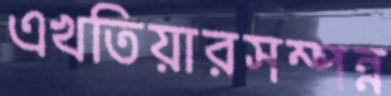
এখতিয়ারসম্পন্ন